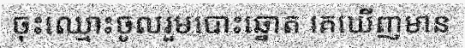
ចុះឈ្មោះចូលរួមបោះឆ្នោត គេឃើញមាន